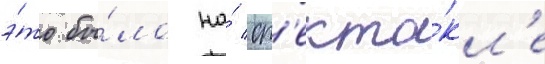
э́то бы́ло на́ сп'екта́кл'е